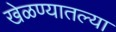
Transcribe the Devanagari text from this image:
खेळण्यातल्या